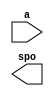
module AD9511_CONFIG(
	a,
	spo);


input [8 : 0] a;
output [0 : 0] spo;

// synthesis translate_off

      DIST_MEM_GEN_V3_3 #(
		.C_ADDR_WIDTH(9),
		.C_DEFAULT_DATA("0"),
		.C_DEPTH(464),
		.C_HAS_CLK(0),
		.C_HAS_D(0),
		.C_HAS_DPO(0),
		.C_HAS_DPRA(0),
		.C_HAS_I_CE(0),
		.C_HAS_QDPO(0),
		.C_HAS_QDPO_CE(0),
		.C_HAS_QDPO_CLK(0),
		.C_HAS_QDPO_RST(0),
		.C_HAS_QDPO_SRST(0),
		.C_HAS_QSPO(0),
		.C_HAS_QSPO_CE(0),
		.C_HAS_QSPO_RST(0),
		.C_HAS_QSPO_SRST(0),
		.C_HAS_SPO(1),
		.C_HAS_SPRA(0),
		.C_HAS_WE(0),
		.C_MEM_INIT_FILE("AD9511_CONFIG.mif"),
		.C_MEM_TYPE(0),
		.C_PIPELINE_STAGES(0),
		.C_QCE_JOINED(0),
		.C_QUALIFY_WE(0),
		.C_READ_MIF(1),
		.C_REG_A_D_INPUTS(0),
		.C_REG_DPRA_INPUT(0),
		.C_SYNC_ENABLE(1),
		.C_WIDTH(1))
	inst (
		.A(a),
		.SPO(spo),
		.D(),
		.DPRA(),
		.SPRA(),
		.CLK(),
		.WE(),
		.I_CE(),
		.QSPO_CE(),
		.QDPO_CE(),
		.QDPO_CLK(),
		.QSPO_RST(),
		.QDPO_RST(),
		.QSPO_SRST(),
		.QDPO_SRST(),
		.DPO(),
		.QSPO(),
		.QDPO());


// synthesis translate_on

// XST black box declaration
// box_type "black_box"
// synthesis attribute box_type of AD9511_CONFIG is "black_box"

endmodule